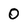
Character: 0